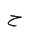
Letter: _ha